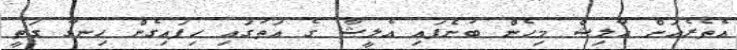
އެތެރެއަށް އާލިޝް މިހެން ބުނެފައި އެލީޝާ ގެ އަތުގައި ހިފައިގެން ހިނގާ ގަތީ